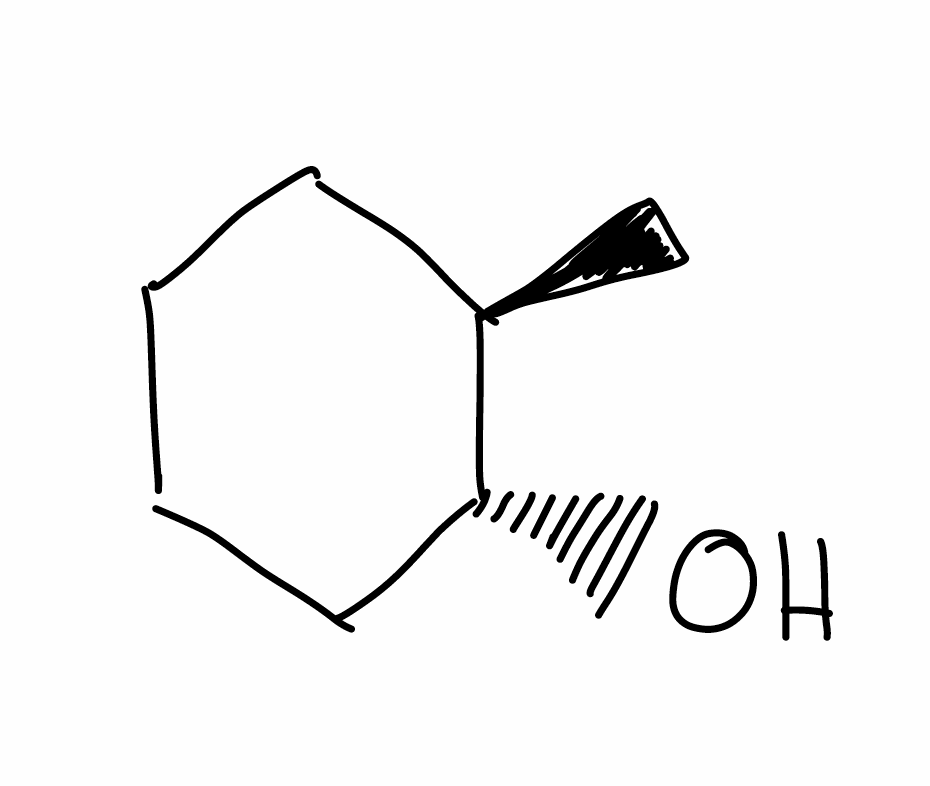
Simplified molecular-input line-entry system (SMILES) notation of the given molecule:
C[C@@H]1CCCC[C@H]1O